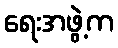
ရေးအဖွဲ့က